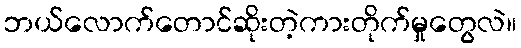
ဘယ်လောက်တောင်ဆိုးတဲ့ကားတိုက်မှုတွေလဲ။